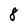
Character: 8